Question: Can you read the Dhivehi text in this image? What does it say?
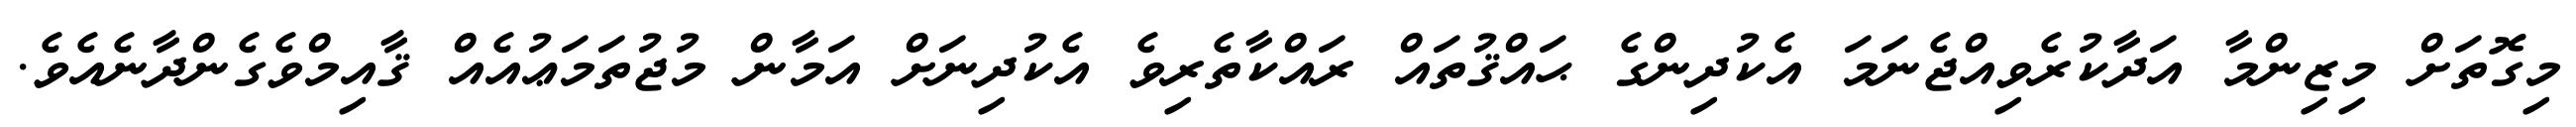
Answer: މިގޮތަށް މިޒިންމާ އަދާކުރެވިއްޖެނަމަ އެކުދިންގެ ޙައްޤުތައް ރައްކާތެރިވެ އެކުދިނަށް އަމާން މުޖުތަމަޢުއެއް ޤާއިމްވެގެންދާނެއެވެ.